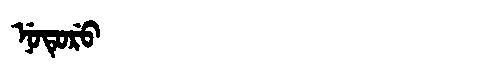
Manchu: ᠨᡠᡨᡠᡵᡠ
Romanization: NUTURU